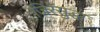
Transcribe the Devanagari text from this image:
जिरेसुद्धा